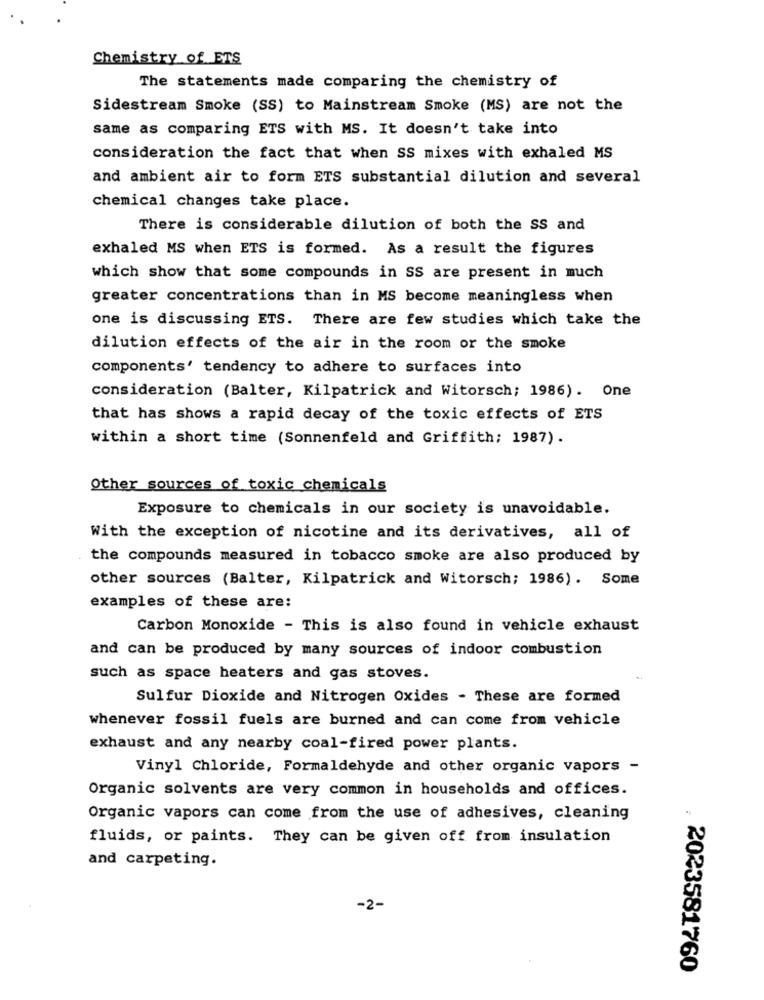
Chemistry of ETS
The statements made comparing the chemistry of
Sidestream Smoke (SS) to Mainstream Smoke (MS) are not the
same as comparing ETS with MS. It doesn't take into
consideration the fact that when SS mixes with exhaled MS
and ambient air to form ETS substantial dilution and several
chemical changes take place.
There is considerable dilution of both the SS and
exhaled MS when ETS is formed. As a result the figures
which show that some compounds in SS are present in much
greater concentrations than in MS become meaningless when
one is discussing ETS. There are few studies which take the
dilution effects of the air in the room or the smoke
components' tendency to adhere to surfaces into
consideration (Balter, Kilpatrick and Witorsch; 1986). One
that has shows a rapid decay of the toxic effects of ETS
within a short time (Sonnenfeld and Griffith; 1987).
Other sources of toxic chemicals
Exposure to chemicals in our society is unavoidable.
With the exception of nicotine and its derivatives, all of
the compounds measured in tobacco smoke are also produced by
other sources (Balter, Kilpatrick and Witorsch; 1986). Some
examples of these are:
Carbon Monoxide - This is also found in vehicle exhaust
and can be produced by many sources of indoor combustion
such as space heaters and gas stoves.
Sulfur Dioxide and Nitrogen Oxides - These are formed
whenever fossil fuels are burned and can come from vehicle
exhaust and any nearby coal-fired power plants.
Vinyl Chloride, Formaldehyde and other organic vapors -
Organic solvents are very common in households and offices.
Organic vapors can come from the use of adhesives, cleaning
fluids, or paints. They can be given off from insulation
and carpeting.
-2-
2023581760